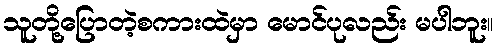
သူတို့ပြောတဲ့စကားထဲမှာ မောင်ပုလည်း မပါဘူး။